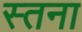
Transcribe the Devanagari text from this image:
स्तना